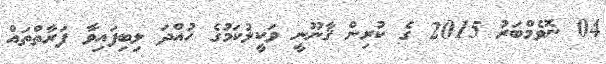
04 ނޮވެމްބަރު 2015 ގެ ކުރިން ޤާނޫނީ ވަކީލުކަމުގެ ހުއްދަ ލިބިފައިވާ ފަރާތްތައް